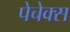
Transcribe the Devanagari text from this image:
पेचेक्स